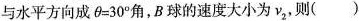
与水平方向成$$\theta = 30^{°}$$角，B球的速度大小为v_{2}，则 ()